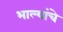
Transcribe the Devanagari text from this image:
भाल्यांचे